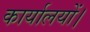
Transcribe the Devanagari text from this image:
कार्यालयों।